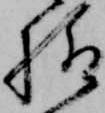
様